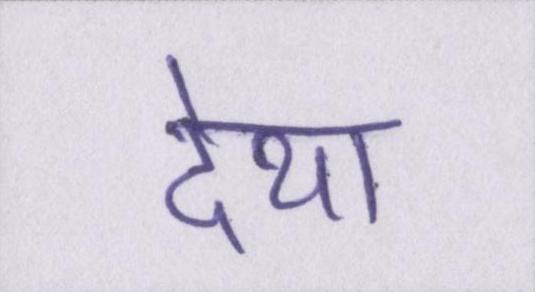
देथा